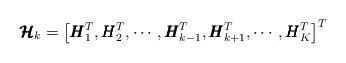
LaTeX: \begin{align*}\pmb{\mathcal{H}}_k = \left[ \pmb{H}_1^T,\pmb{H}_2^T,\cdots,\pmb{H}_{k-1}^T,\pmb{H}_{k+1}^T,\cdots,\pmb{H}_K^T \right]^T\end{align*}